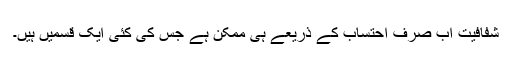
شفافیت اب صرف احتساب کے ذریعے ہی ممکن ہے جس کی کئی ایک قسمیں ہیں۔